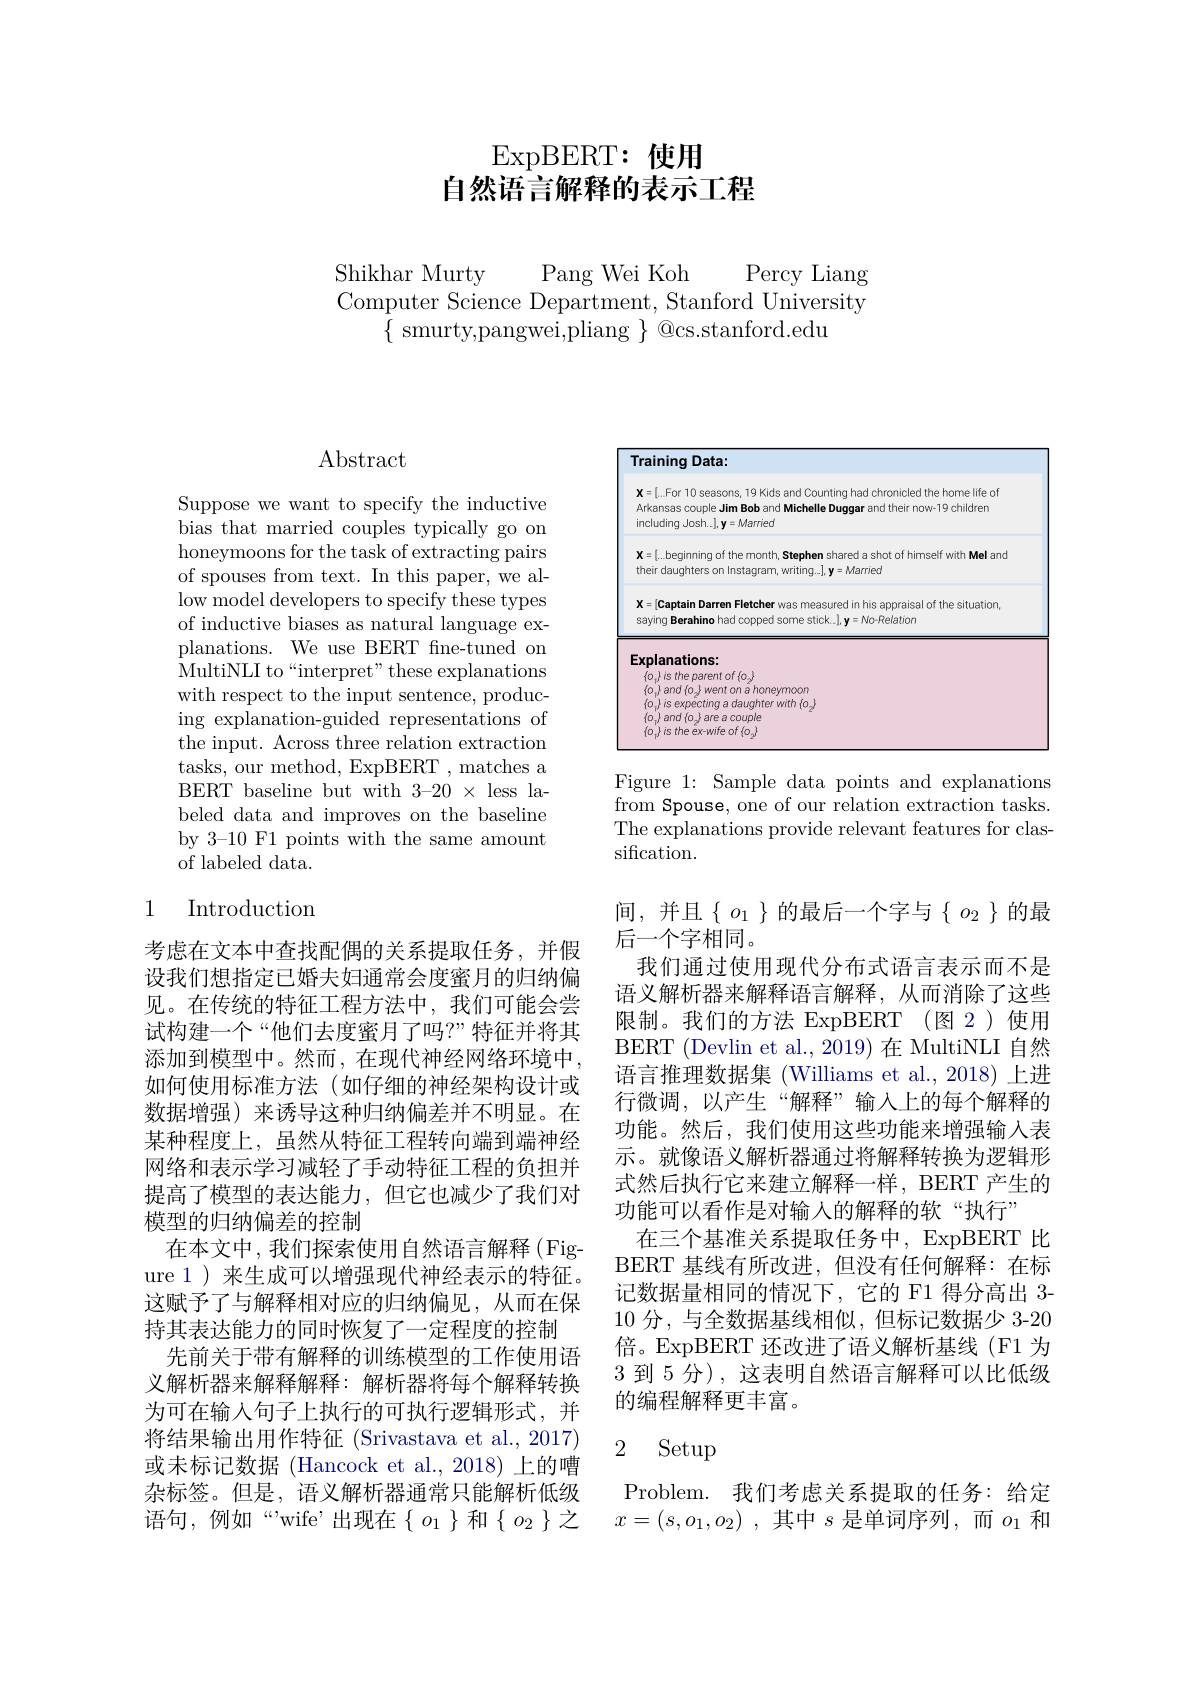
## ExpBERT: 使用自然语言解释的表示工程

Pang Wei Koh

Shikhar Murty
Percy Liang
Computer Science Department, Stanford University
$\{$ smurty,pangwei,pliang $\}$ @cs.stanford.edu

## $\operatorname{Abstract}$

Suppose we want to specify the inductive bias that married couples typically go on honeymoons for the task of extracting pairs of spouses from text. In this paper, we allow model developers to specify these types of inductive biases as natural language explanations. We use BERT fne-tuned on MultiNLI to“interpret” these explanations with respect to the input sentence, producing explanation-guided representations of the input. Across three relation extraction tasks, our method, ExpBERT , matches a BERT baseline but with 3-20 × less labeled data and improves on the baseline by 3-10 F1 points with the same amount of labeled data.

## 1 Introduction

考虑在文本中查找配偶的关系提取任务，并假设我们想指定已婚夫妇通常会度蜜月的归纳偏见。在传统的特征工程方法中，我们可能会尝试构建一个“他们去度蜜月了吗？”特征并将其添加到模型中。然而，在现代神经网络环境中， 如何使用标准方法(如仔细的神经架构设计或数据增强)来诱导这种归纳偏差并不明显。在某种程度上，虽然从特征工程转向端到端神经网络和表示学习减轻了手动特征工程的负担并提高了模型的表达能力，但它也减少了我们对模型的归纳偏差的控制
在本文中，我们探索使用自然语言解释(Figure 1)来生成可以增强现代神经表示的特征。这赋予了与解释相对应的归纳偏见，从而在保持其表达能力的同时恢复了一定程度的控制
先前关于带有解释的训练模型的工作使用语义解析器来解释解释：解析器将每个解释转换为可在输入句子上执行的可执行逻辑形式，并将结果输出用作特征 (Srivastava et al., 2017) 或未标记数据 (Hancock et al., 2018) 上的嘈杂标签。但是，语义解析器通常只能解析低级语句，例如“"wife”出现在$\left\{o_1\right\}$和$\left\{o_2\right\}$之

<FigureHere>

Figure 1: Sample data points and explanations from Spouse, one of our relation extraction tasks. The explanations provide relevant features for clas- $sification.$

间，并且$\left\{o_1\right\}$的最后一个字与$\left\{o_2\right\}$的最
后一个字相同。
我们通过使用现代分布式语言表示而不是语义解析器来解释语言解释，从而消除了这些限制。我们的方法 ExpBERT (图 2)使用BERT (Devlin et al., 2019) 在 MultiNLI 自然语言推理数据集 (Williams et al., 2018) 上进行微调，以产生“解释”输入上的每个解释的功能。然后，我们使用这些功能来增强输入表示。就像语义解析器通过将解释转换为逻辑形式然后执行它来建立解释一样，BERT 产生的功能可以看作是对输入的解释的软“执行”
在三个基准关系提取任务中，ExpBERT 比BERT 基线有所改进，但没有任何解释：在标记数据量相同的情况下，它的 F1 得分高出 3- 10分，与全数据基线相似，但标记数据少 3-20倍。ExpBERT 还改进了语义解析基线 (F1 为3 到 5 分), 这表明自然语言解释可以比低级的编程解释更丰富。

# 2 Setup

Problem. 我们考虑关系提取的任务：给定$x= ( s, o_{1}, o_{2})$ ,其中$s$是单词序列，而$o_1$和